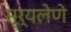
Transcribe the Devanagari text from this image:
सूर्यलेणे